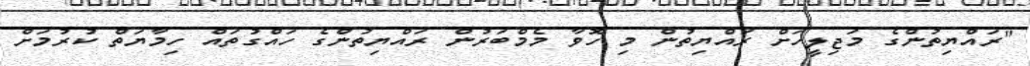
"ރައްޔިތުންގެ މަޖިލީހަށް ރައްޔިތުން މި ހޮވާ މެމްބަރުން ރައްޔިތުންގެ ހައްގުތައް ހިމާޔަތް ކުރުމަށް